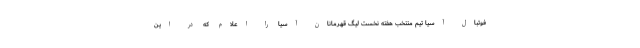
فوتبال آسیا تیم منتخب هفته نخست لیگ قهرمانان آسیا را اعلام که در این